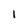
Character: i